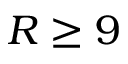
R \geq 9